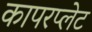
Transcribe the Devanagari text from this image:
कापरप्लेट